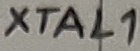
Text: XTAL1